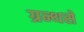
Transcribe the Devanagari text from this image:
ग्रन्थसे